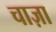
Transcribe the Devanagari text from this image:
चाज़ा